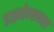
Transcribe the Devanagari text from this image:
डाइमेन्शनल